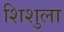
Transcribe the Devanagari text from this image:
शिशुला